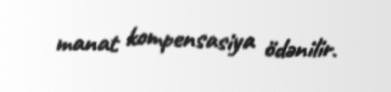
manat kompensasiya ödənilir.